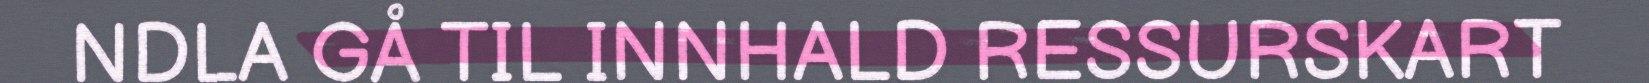
NDLA GÅ TIL INNHALD RESSURSKART